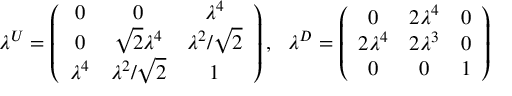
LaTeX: \lambda ^ { U } = \left( \begin{array} { c c c } { { 0 } } & { { 0 } } & { { \lambda ^ { 4 } } } \\ { { 0 } } & { { \sqrt { 2 } \lambda ^ { 4 } } } & { { \lambda ^ { 2 } / \sqrt { 2 } } } \\ { { \lambda ^ { 4 } } } & { { \lambda ^ { 2 } / \sqrt { 2 } } } & { { 1 } } \end{array} \right) , \ \ \lambda ^ { D } = \left( \begin{array} { c c c } { { 0 } } & { { 2 \lambda ^ { 4 } } } & { { 0 } } \\ { { 2 \lambda ^ { 4 } } } & { { 2 \lambda ^ { 3 } } } & { { 0 } } \\ { { 0 } } & { { 0 } } & { { 1 } } \end{array} \right)